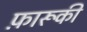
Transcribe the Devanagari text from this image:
फ़ारूकी